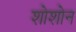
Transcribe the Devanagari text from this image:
शोशोन